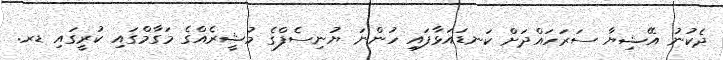
ދެކުނު އޭޝިޔާ ސަރަހައްދަށް ކަނޑައަޅާފައި ހުންނަ ޔުނިސެފްގެ މުޝީރެއްގެ މަގާމްގައި ކުރީގައި ޑރ.